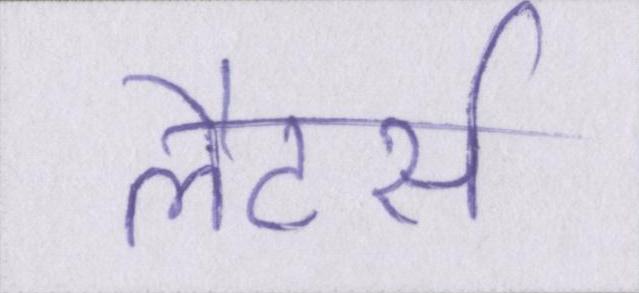
लैटर्स